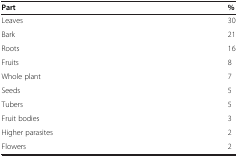
| Part | % |
 | --- | --- |
 | Leaves | 30 |
 | Bark | 21 |
 | Roots | 16 |
 | Fruits | 8 |
 | Whole plant | 7 |
 | Seeds | 5 |
 | Tubers | 5 |
 | Fruit bodies | 3 |
 | Higher parasites | 2 |
 | Flowers | 2 |